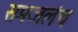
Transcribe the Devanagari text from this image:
समजलंच